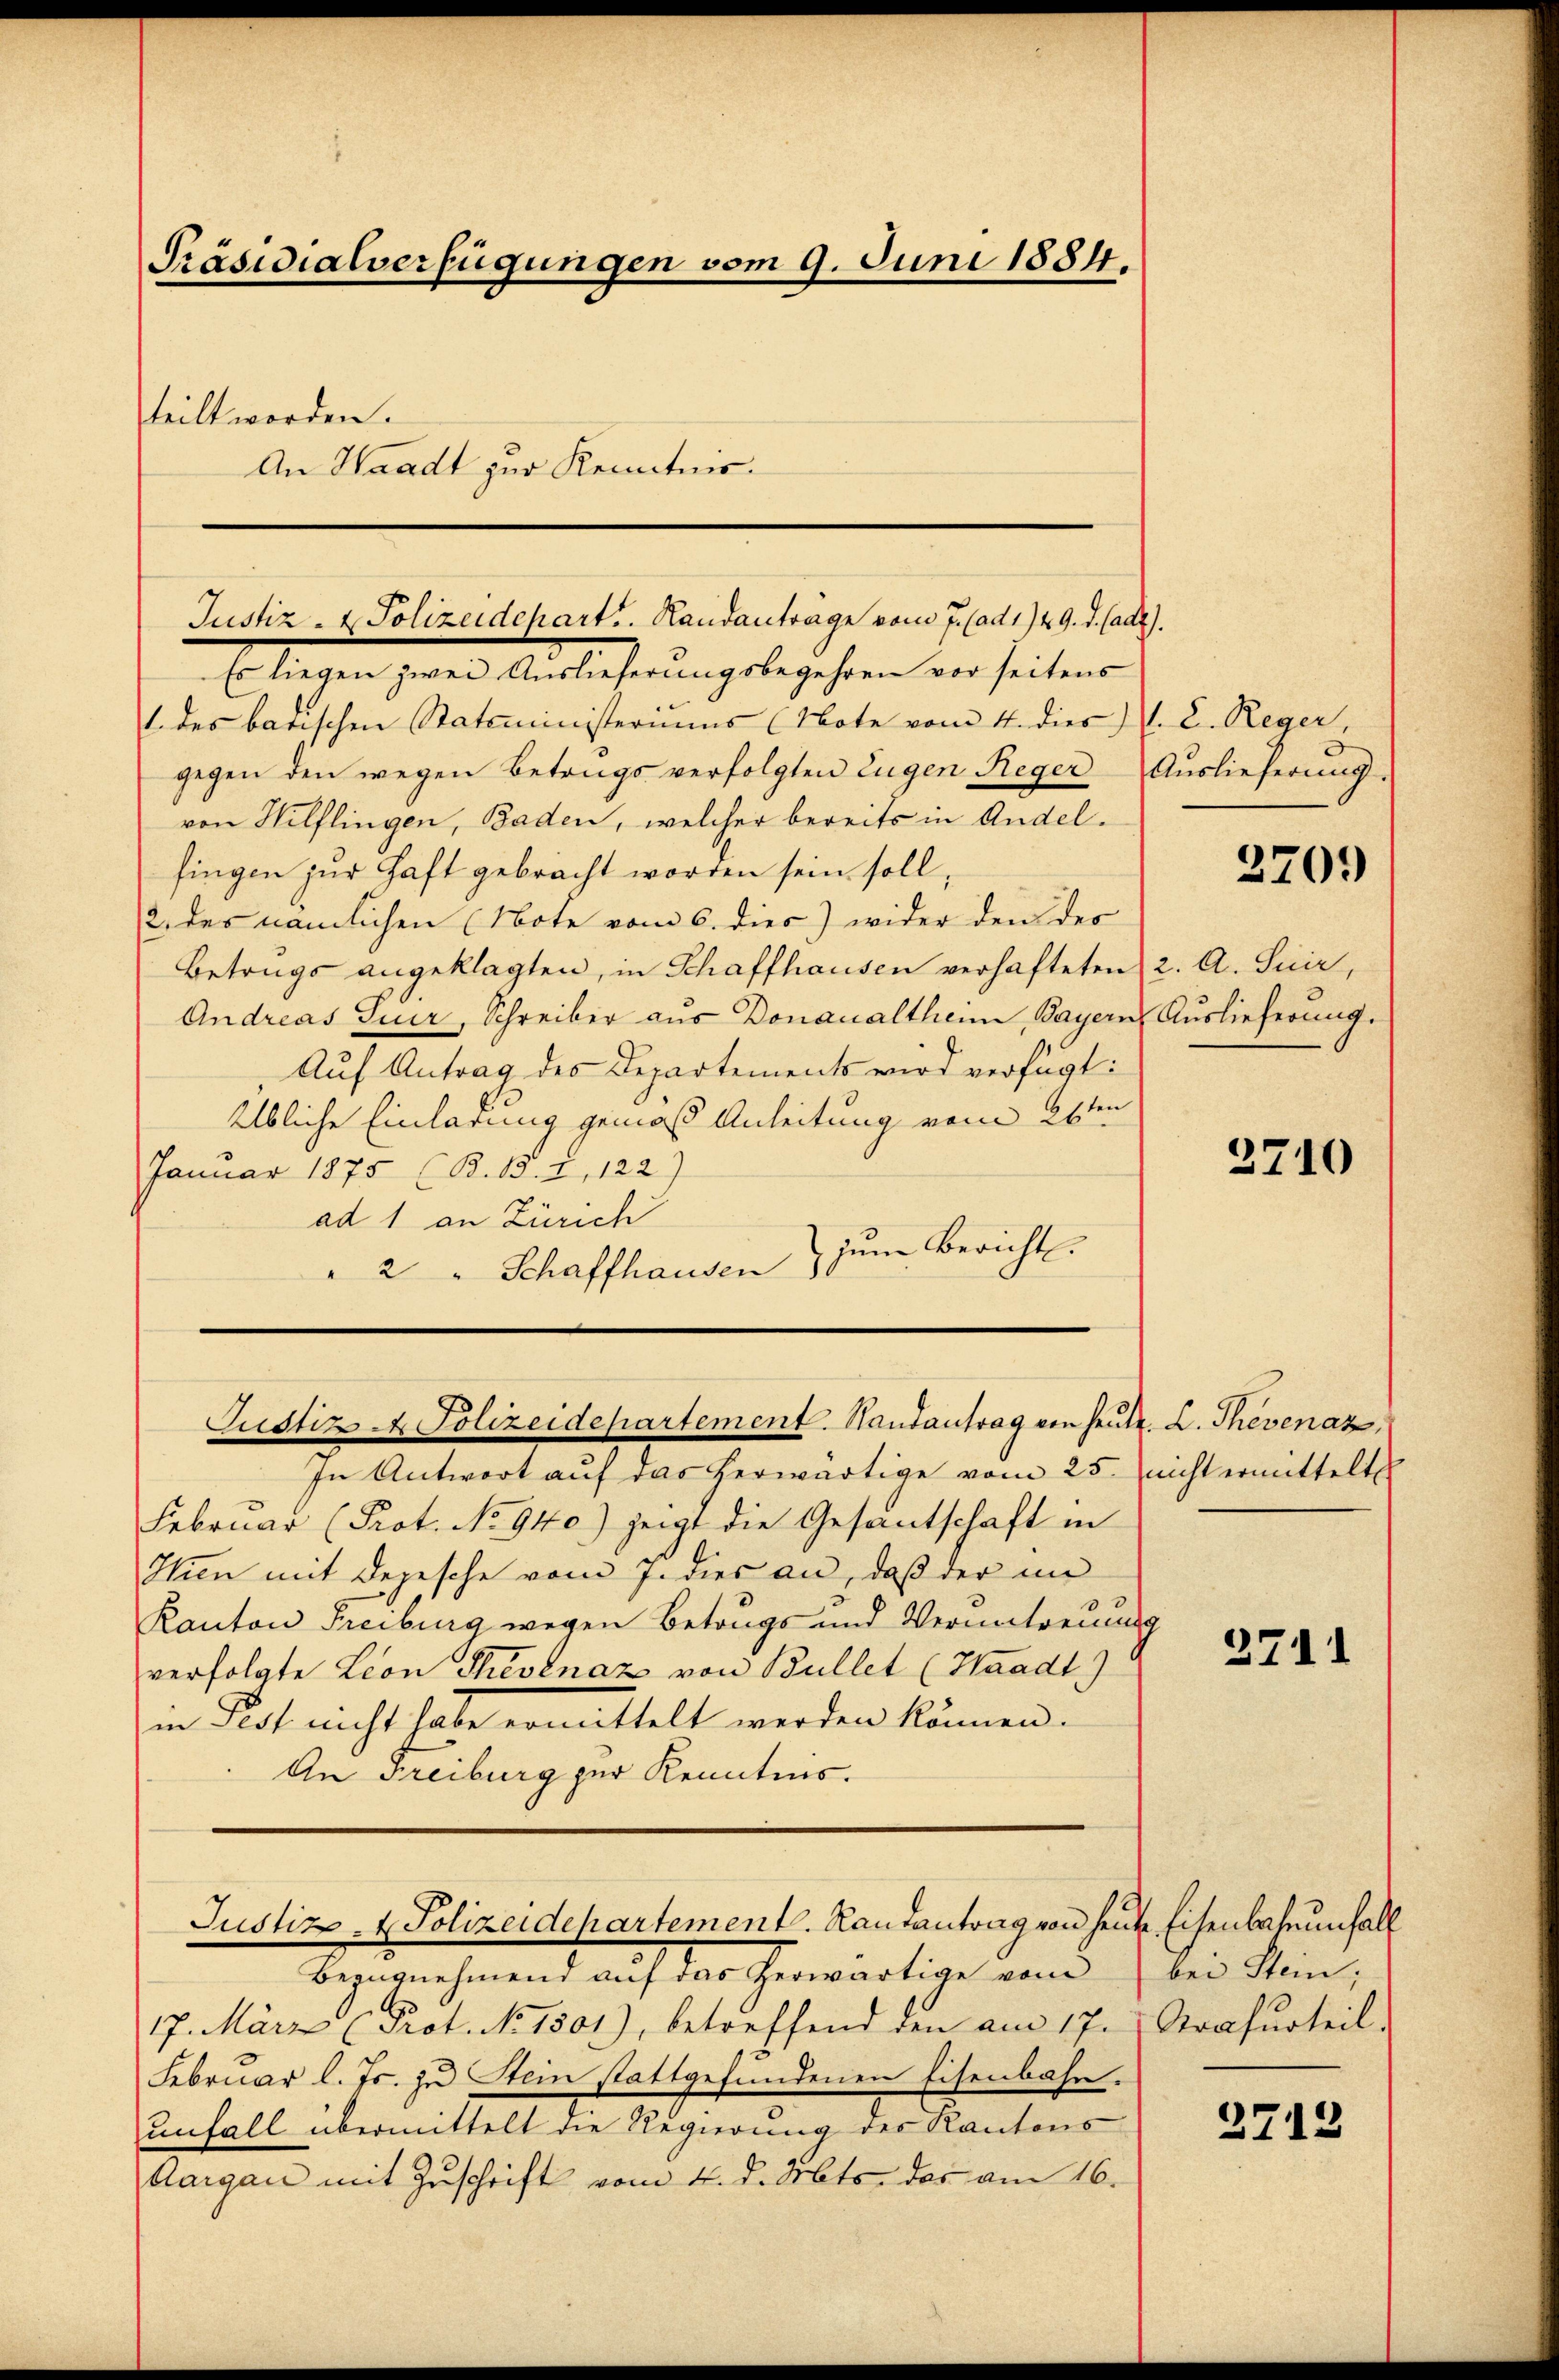
Präsidialverfügungen vom 9. Juni 1884.
teilt worden.
An Waadt zur Kenntnis.

Justiz- & Polizeidepart. Randantrage vom 7. (ad 1729. d. Cadg).

Justiz- & Polizeidepartement. Randantrag von heute. L. Thevenaz

Es liegen zwei Auslieferungsbegehren vor seitens
1. des barischen Statoministeriums (Note vom 4. dies J. C. Reger,
gegen den wegen Betrugs verfolgten Eugen Reger Aŭslieferŭng
von Hilflingen, Baden, welcher bereits in Andelfingen zur Haft gebracht worden sein soll,
2. des nämlichen (Note vom 6. dies) wider den des
Betrugs angeklagten, in Schaffhausen verhafteten 2. A. Suir,
Andreas Tier, Schreiber aus Donaualtheim, Bayern Auslieferung.
Auf Antrag des Departements wird verfügt:
elbliche Einlärung gemäß Anleitung vom 26ten
Januar 1875 (B. 15. 2, 122)
ad 1 an Zürich
zŭm Bericht.
" 2 " Schaffhausen

In Antwort auf das herwärtige vom 25. nicht ermitteltes
Februar (Prot. No 940.) zeigt die Gesantschaft in
Iien mit Depesche vom 7. dies an, daß der in
Kanton Freiburg wegen Betrugs und Verantreuung
verfolgte Leon Thevénaz von Bullet (Waadt)
in Fest nicht habe ermittelt werden können.
An Freiburg zur Kenntnis.

Justiz- & Polizeidepartement. Hautantrag von heute Eisenbahnenfall

Bezŭgnehmend auf das herwärtige vom
17. März (Prot. No 1301), betreffend den am 17. Strafurteil.
Februar l. Js. zu Stein stattgefundenen Eisenbahn.
unfall übermittelt die Regierung der Kantons
Aargau mit Zuschrift vom 4. d. Mts. des am 16.

3709

3710

3711

bei Stein;

2712